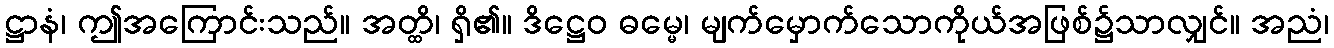
ဋ္ဌာနံ၊ ဤအကြောင်းသည်။ အတ္ထိ၊ ရှိ၏။ ဒိဋ္ဌေဝ ဓမ္မေ၊ မျက်မှောက်သောကိုယ်အဖြစ်၌သာလျှင်။ အညံ၊